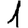
Digit: 1